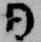
日